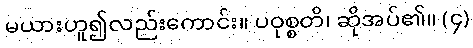
မယားဟူ၍လည်းကောင်း။ ပဝုစ္စတိ၊ ဆိုအပ်၏။ (၄)